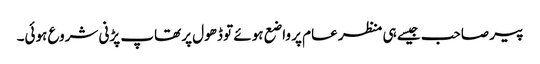
پیر صاحب جیسے ہی منظر عام پر واضع ہوئے تو ڈھول پر تھاپ پڑنی شروع ہوئی۔